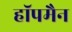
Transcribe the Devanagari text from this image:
हॉपमैन